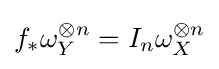
f_{*}\omega _{Y}^{\otimes n}=I_{n}\omega _{X}^{\otimes n}